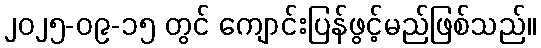
၂၀၂၅-၀၉-၁၅ တွင် ကျောင်းပြန်ဖွင့်မည်ဖြစ်သည်။